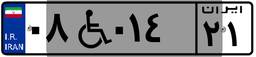
۰۸W۰۱۴۲۱